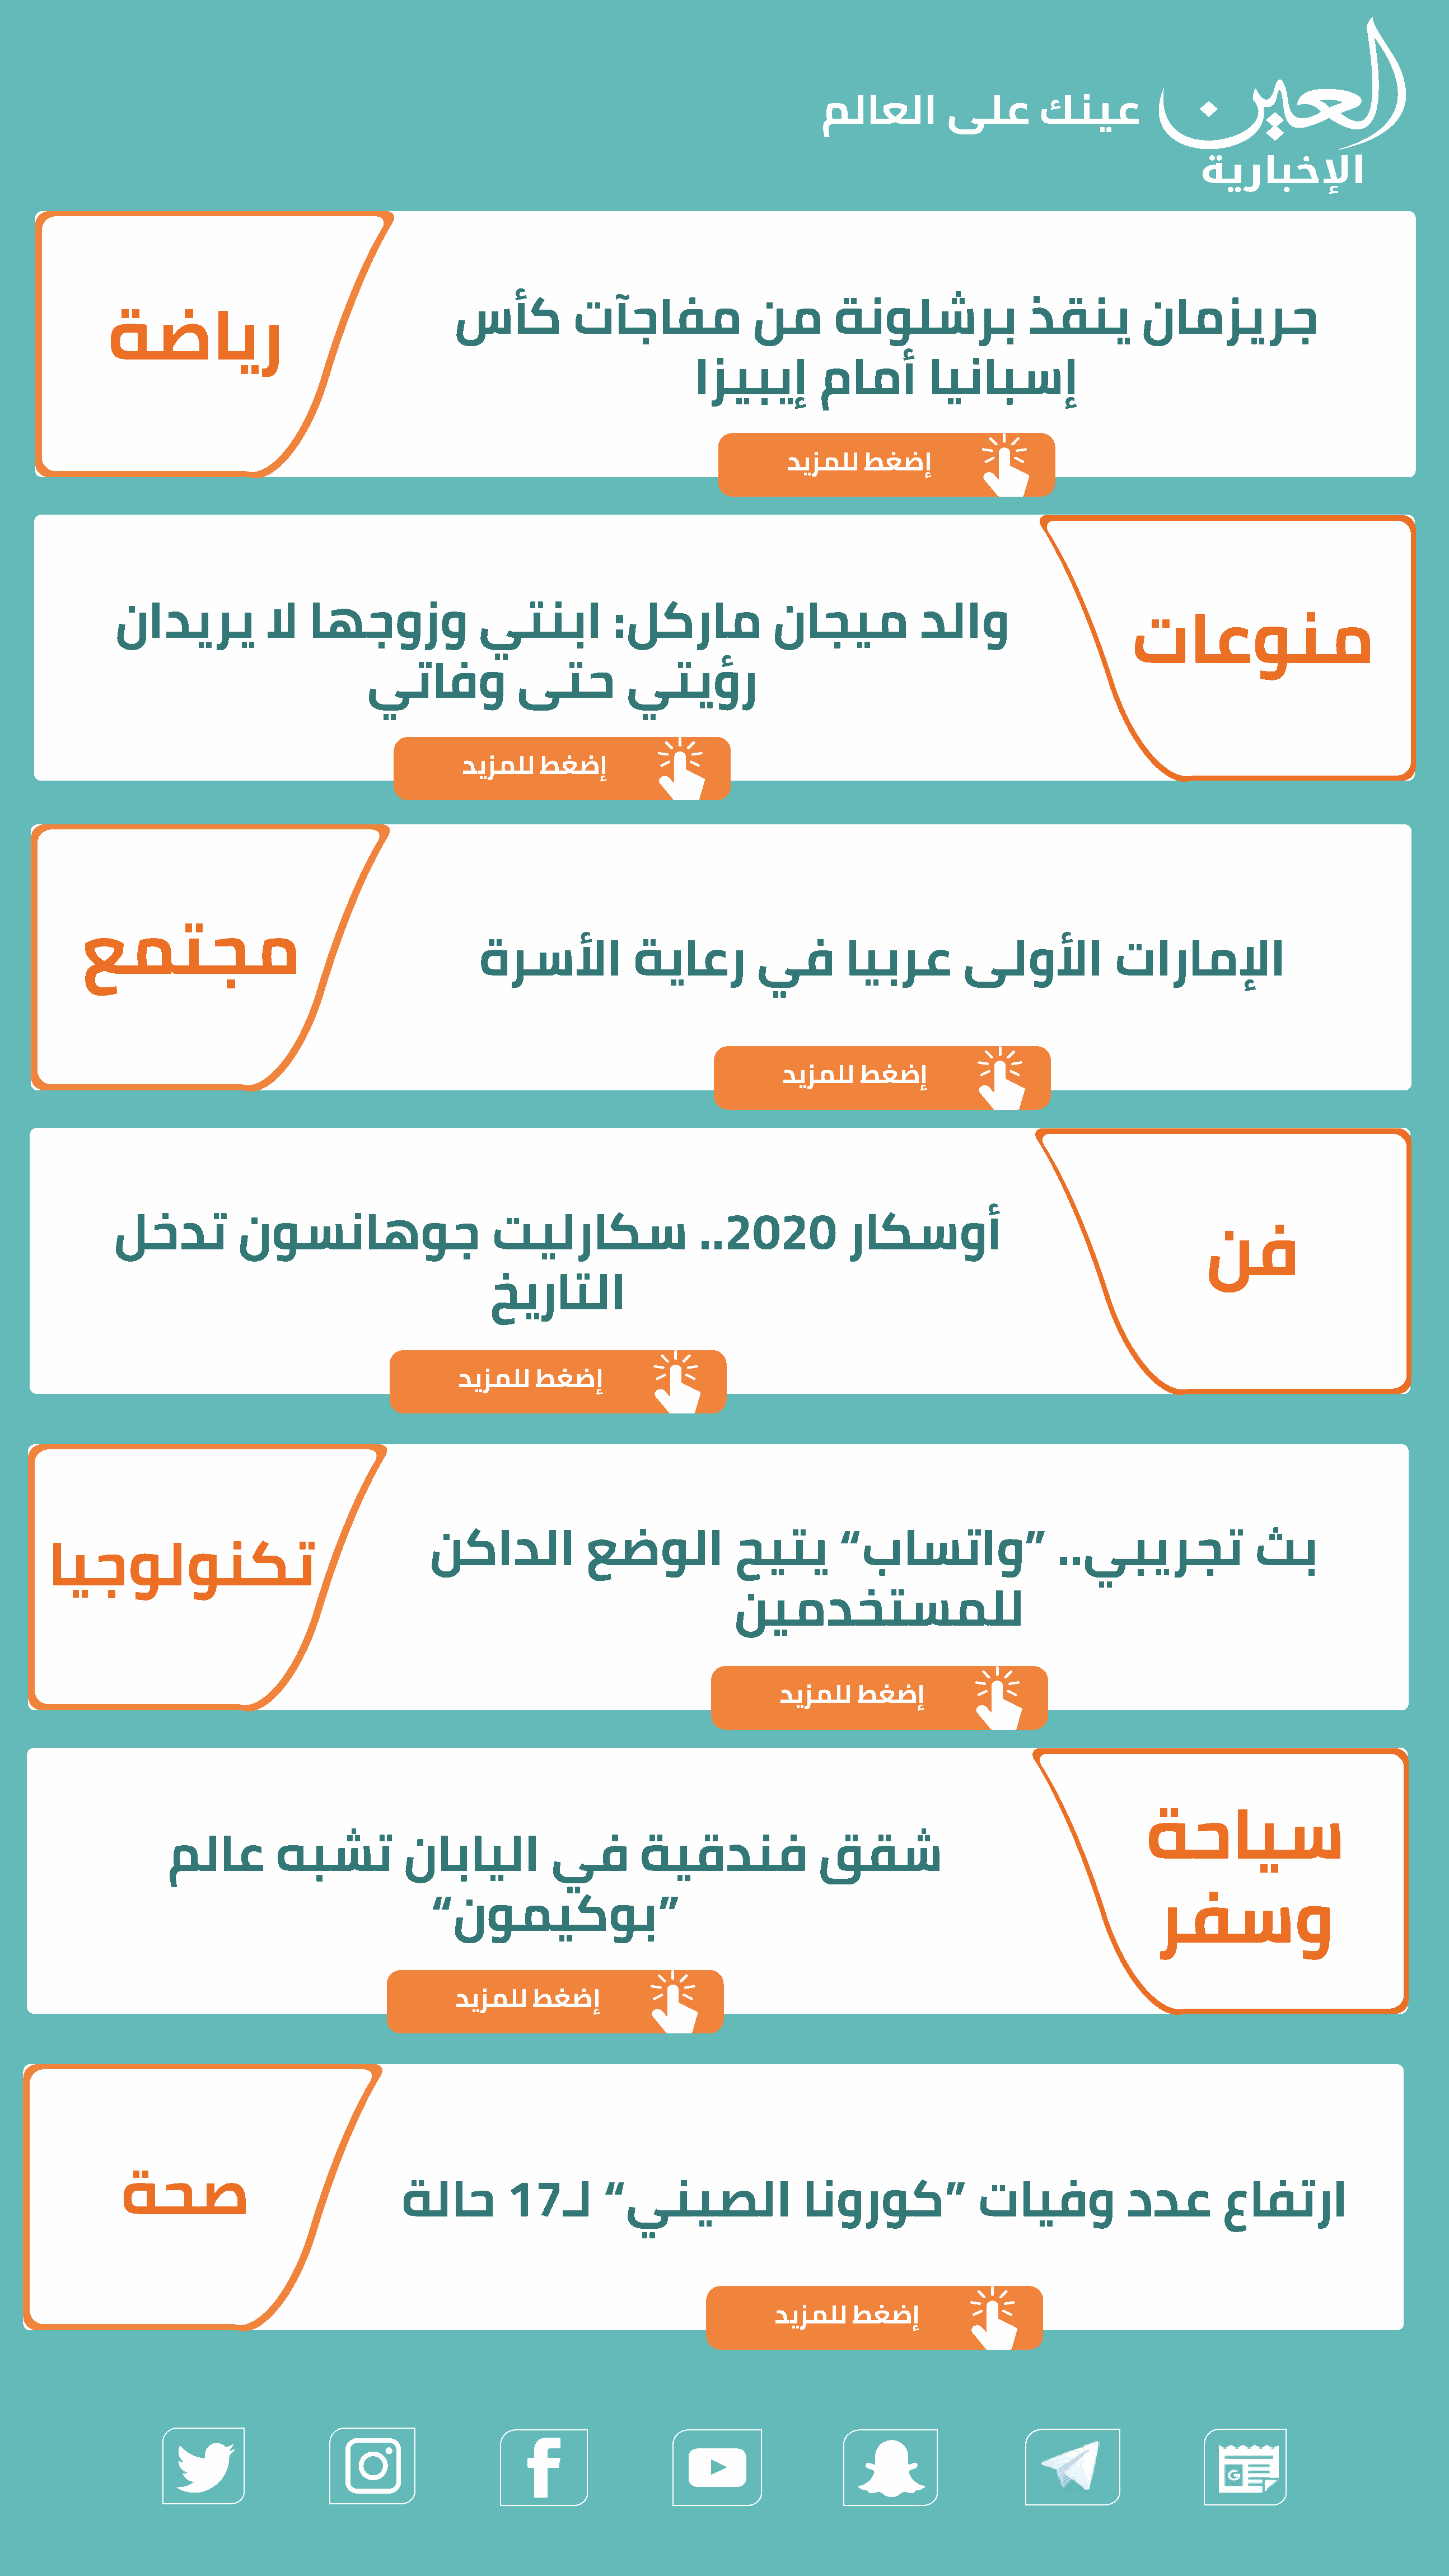
سأك           تآجافم               نم        ةنولشرب                ذقني         نامزيرج
 ةضاير
 ازيبيإ         مامأ         اينابسإ
 ديزملل   طغضإ
 ناديري           لا    اهجوزو              يتنبا           :لكرام            ناجيم             دلاو
 تاعونم
 يتافو             ىتح          يتيؤر
 ديزملل   طغضإ
 عمتجم
 ةرسلأا            ةياعر         يف         ايبرع         ىلولأا            تاراملإا
 ديزملل    طغضإ
 لخدت           نوسناهوج                      تيلراكس                  ..2020           راكسوأ
 نف
 خيراتلا
 ديزملل   طغضإ
 نكادلا            عضولا             حيتي        ”باستاو“                  ..يبيرجت               ثب
 ايجولونكت
 نيمدختسملل
 ديزملل   طغضإ
 ة    حايس
 ملاع         هبشت           نابايلا          يف         ةيقدنف               ققش
 ”نوميكوب“                                                                             رفسو
 ديزملل   طغضإ
 ةحص
 ةلاح         17ـل       ”ينيصلا                 انوروك“              تايفو            ددع         عافترا
 ديزملل   طغضإ